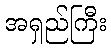
အရှည်ကြီး